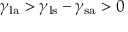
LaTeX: \gamma _ { \mathrm { l a } } > \gamma _ { \mathrm { l s } } - \gamma _ { \mathrm { s a } } > 0